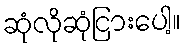
ဆုံလိုဆုံငြားပေါ့။